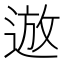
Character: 䢟